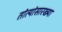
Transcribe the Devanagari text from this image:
तांत्यांसारख्या